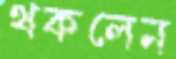
থকলেন